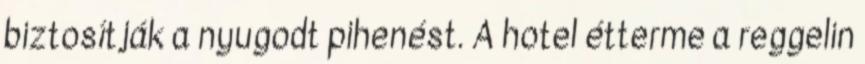
biztosítják a nyugodt pihenést. A hotel étterme a reggelin